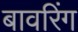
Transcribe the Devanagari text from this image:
बावरिंग